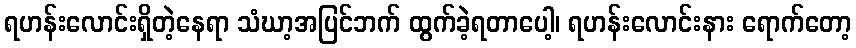
ရဟန်းလောင်းရှိတဲ့နေရာ သံဃာ့အပြင်ဘက် ထွက်ခဲ့ရတာပေါ့၊ ရဟန်းလောင်းနား ရောက်တော့